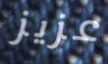
عزيز